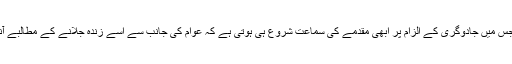
وہ والی قسط جس میں جادوگری کے الزام پر ابھی مقدمے کی سماعت شروع ہی ہوتی ہے کہ عوام کی جانب سے اسے زندہ جلانے کے مطالبے آنے لگتے ہیں۔